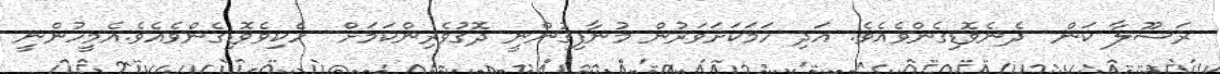
ރަސޫލާ ކަން  ދެނެވޮޑިގެންވެއެވެ. އަދި ހަމަކަށަވަރުން މުނާފިޤުންނީ ދޮގުވެރިންކަމަށް  ހެކިވެވޮޑިގެންވެއެވެ.އެމީހުންނީ